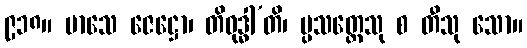
၉၁၈။ မာသေ ဇေဋ္ဌော၊ တိဝုဒ္ဓါ’တိ၊ ပ္ပသတ္ထေသု စ တီသု သော။